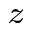
_ z